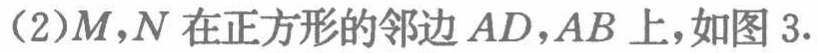
(2)\(M,N\)在正方形的邻边\(AD,AB\)上,如图3.